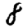
Digit: 8